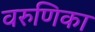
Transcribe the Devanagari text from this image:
वरुणिका